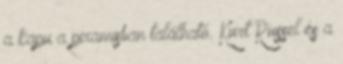
a kapu a piramisban található. Kurt Russel és a